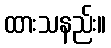
ထားသနည်း။